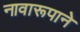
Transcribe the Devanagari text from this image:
नावारूपाने